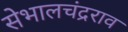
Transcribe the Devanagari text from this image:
सेभालचंद्रराव